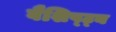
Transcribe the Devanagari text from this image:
वैशिष्ट्‍य